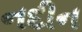
નદીન